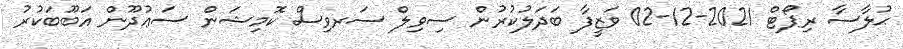
ޙުލާސާ ރިޕޯޓް 2021-12-02 ވަޒީފާ ބަދަލުކުރުން ސިވިލް ސަރވިސް ކޮމިޝަން ސަޢުދޫން އަބޫބަކުރު